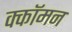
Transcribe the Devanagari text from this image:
क्कॉमन